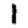
Digit: 1